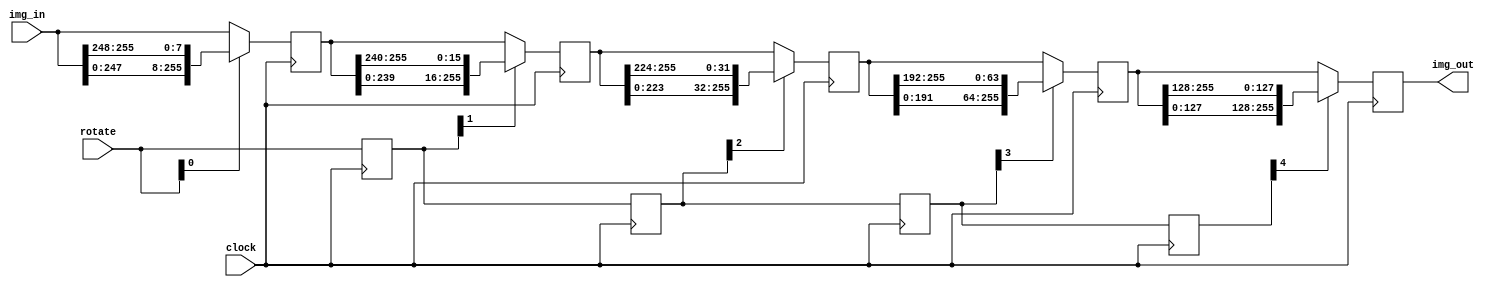
module image_rotator #(
  parameter FACE_HEIGHT_BITS = 5
)
(
  input clock,
  input [FACE_HEIGHT_BITS-1:0] rotate,
  // img_in and img_out are actually arrays of size 8 * FACE_HEIGHT
  // reg [7:0] img_in [0:FACE_HEIGHT];
  input [0:FACE_HEIGHT*8-1] img_in,
  output [0:FACE_HEIGHT*8-1] img_out
);

localparam FACE_HEIGHT = 2**FACE_HEIGHT_BITS;

reg [0:FACE_HEIGHT*8-1] stage [0:FACE_HEIGHT_BITS];
reg [FACE_HEIGHT_BITS-1:0] rotate_stage [0:FACE_HEIGHT_BITS];

always @(*) begin
  stage[0] = img_in;
  rotate_stage[0] = rotate;
end

genvar i;
generate
for (i = 0; i < FACE_HEIGHT_BITS; i = i + 1) begin
  localparam shift_cnt = 8 * (2**i);
  always @(posedge clock) begin
    rotate_stage[i+1] <= rotate_stage[i];
    if (rotate_stage[i][i]) begin
      stage[i+1] <= {
        stage[i][shift_cnt:FACE_HEIGHT*8-1],
        stage[i][0:shift_cnt-1]
      };
    end
    else begin
      stage[i+1] <= stage[i];
    end
  end
end
endgenerate

assign img_out = stage[FACE_HEIGHT_BITS];

endmodule